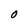
Character: O